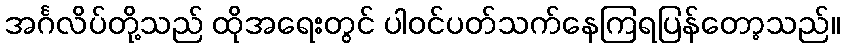
အင်္ဂလိပ်တို့သည် ထိုအရေးတွင် ပါဝင်ပတ်သက်နေကြရပြန်တော့သည်။